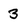
Character: 3